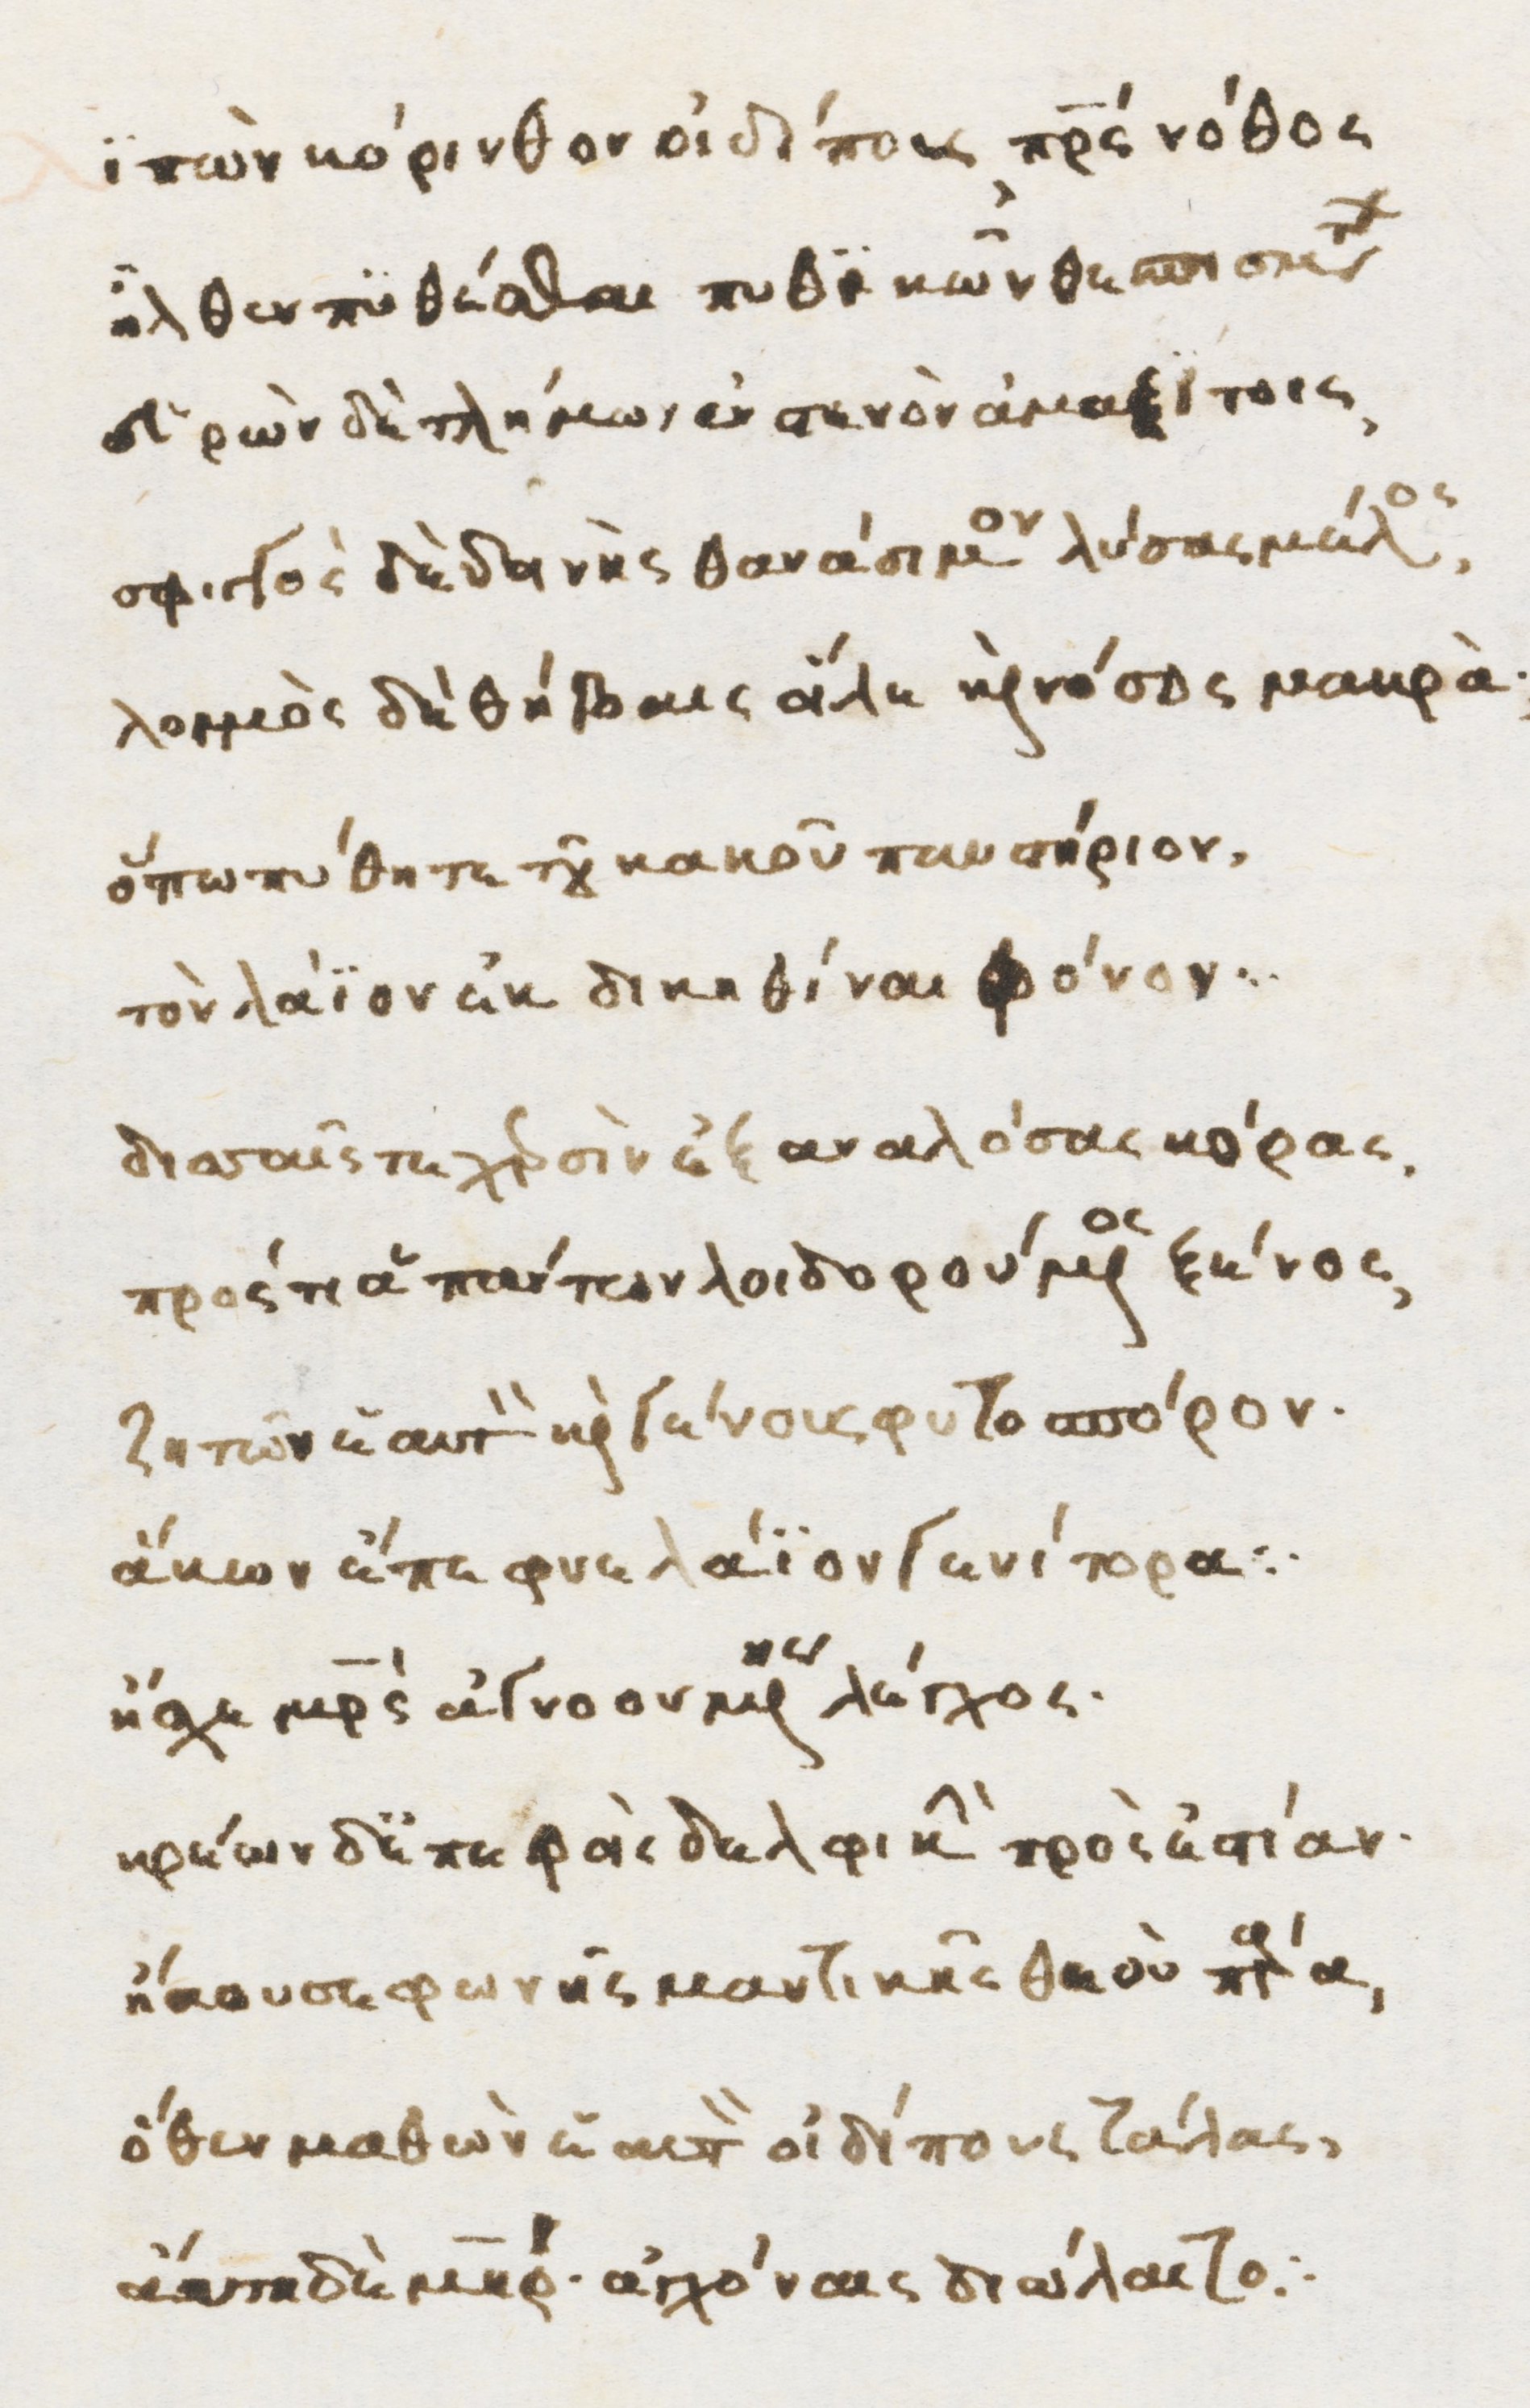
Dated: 1470–1499